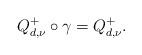
LaTeX: \begin{align*}Q_{d,\nu}^+ \circ \gamma = Q_{d, \nu}^+.\end{align*}